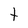
Character: t